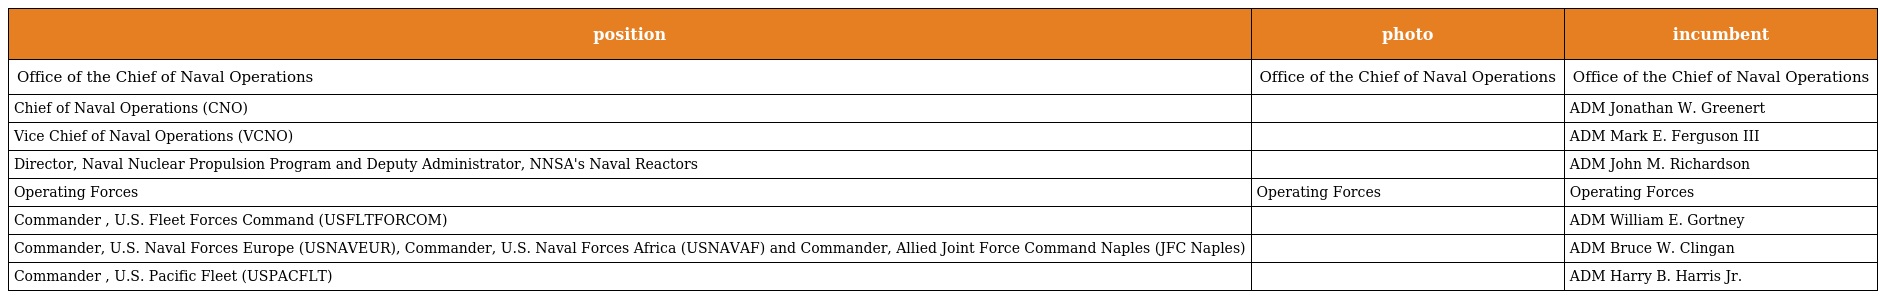
| position | photo | incumbent |
 | --- | --- | --- |
 | Office of the Chief of Naval Operations | Office of the Chief of Naval Operations | Office of the Chief of Naval Operations |
 | Chief of Naval Operations (CNO) |  | ADM Jonathan W. Greenert |
 | Vice Chief of Naval Operations (VCNO) |  | ADM Mark E. Ferguson III |
 | Director, Naval Nuclear Propulsion Program and Deputy Administrator, NNSA's Naval Reactors |  | ADM John M. Richardson |
 | Operating Forces | Operating Forces | Operating Forces |
 | Commander , U.S. Fleet Forces Command (USFLTFORCOM) |  | ADM William E. Gortney |
 | Commander, U.S. Naval Forces Europe (USNAVEUR), Commander, U.S. Naval Forces Africa (USNAVAF) and Commander, Allied Joint Force Command Naples (JFC Naples) |  | ADM Bruce W. Clingan |
 | Commander , U.S. Pacific Fleet (USPACFLT) |  | ADM Harry B. Harris Jr. |